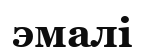
эмалі